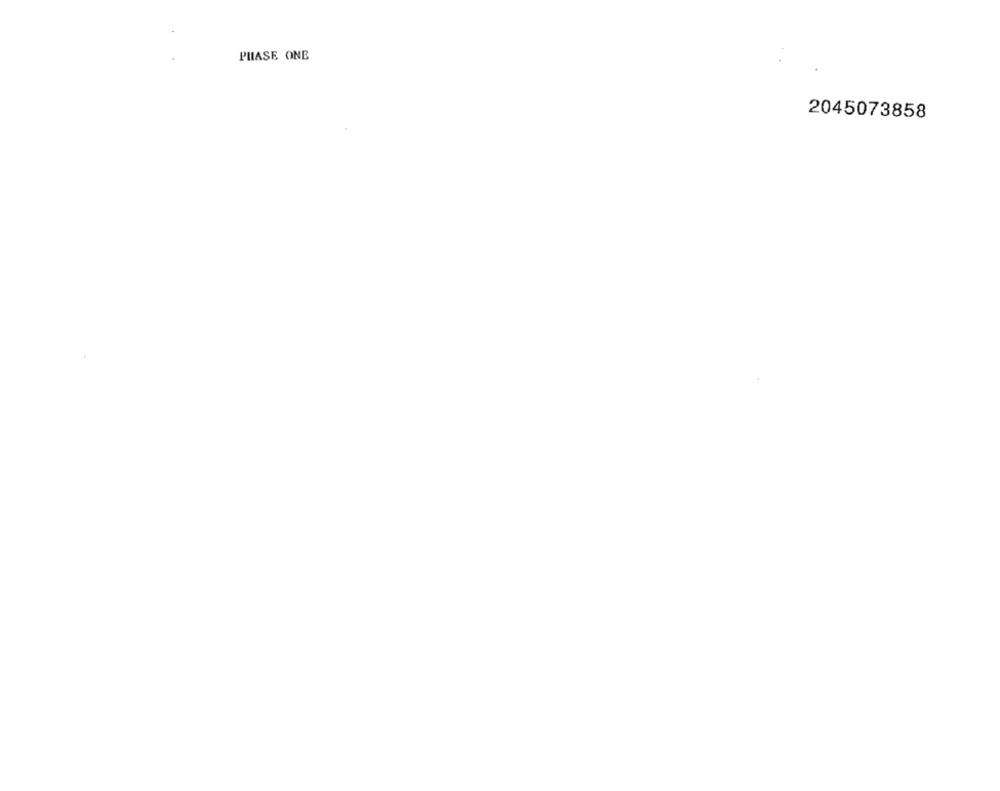
PHASE ONE
2045073858